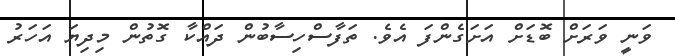
ވަނީ ވަރަށް ބޮޑަށް އަށަގެންފަ އެވެ. ތަފާސްހިސާބުން ދައްކާ ގޮތުން މިދިޔަ އަހަރު